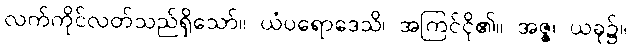
လက်ကိုင်လတ်သည်ရှိသော်။ ယံပရောဒေသိ၊ အကြင်ငို၏။ အဇ္ဇ၊ ယခု၌။